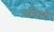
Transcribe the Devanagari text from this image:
बदिमी